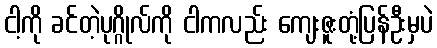
ငါ့ကို ခင်တဲ့ပုဂ္ဂိုလ်ကို ငါကလည်း ကျေးဇူးတုံ့ပြန်ဦးမှပဲ